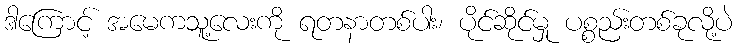
ဒါကြောင့် အမေကသူ့လေးကို ရတနာတစ်ပါး၊ ပိုင်ဆိုင်မှု ပစ္စည်းတစ်ခုလို့ပဲ